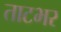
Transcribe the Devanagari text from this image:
ताटभर